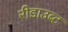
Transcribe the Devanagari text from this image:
रीडाउब्ट